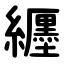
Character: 纒